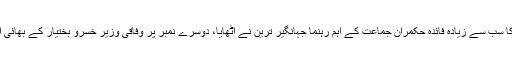
ایف آئی اے کی تحقیقاتی رپورٹ میں انکشاف کیا گیا تھا کہ ملک میں چینی بحران کا سب سے زیادہ فائدہ حکمران جماعت کے اہم رہنما جہانگیر ترین نے اٹھایا، دوسرے نمبر پر وفاقی وزیر خسرو بختیار کے بھائی اور تیسرے نمبر پر حکمران اتحاد میں شامل مونس الٰہی کی کمپنیوں نے فائدہ اٹھایا۔